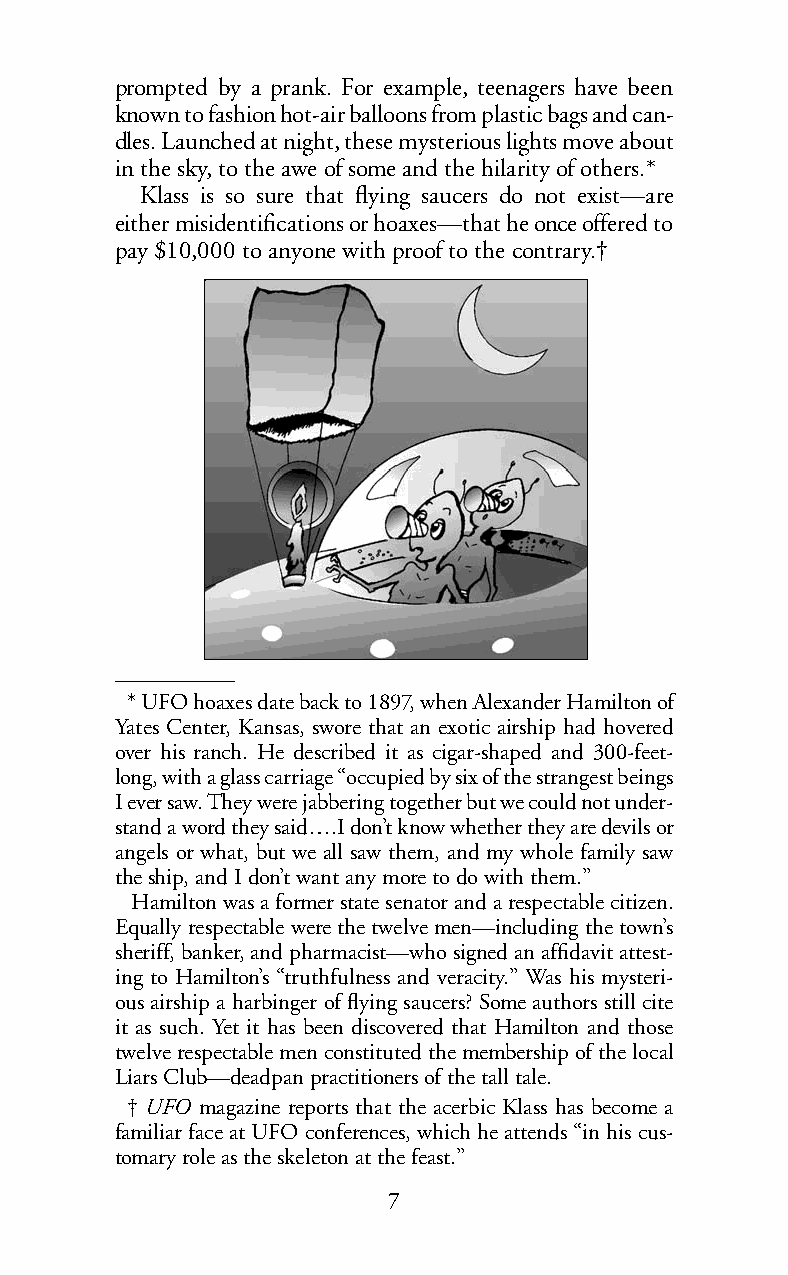
prompted by a prank. For example, teenagers have been
 known to fashion hot-air balloons from plastic bags and can-
 dles.Launched at night, these mysterious lights move about
 in the sky, to the awe of some and the hilarity of others.*
 Klass is so sure that flying saucers do not exist—are
 either misidentifications or hoaxes—that he once offered to
 pay $10,000 to anyone with proof to the contrary.†
 *UFO hoaxes date back to 1897, when Alexander Hamilton of
 Yates Center, Kansas, swore that an exotic airship had hovered
 over his ranch. He described it as cigar-shaped and 300-feet-
 long, with a glass carriage “occupied by six of the strangest beings
 Iever saw.They were jabbering together but we could not under-
 standawordthey said….I don’tknow whether they are devils or
 angels or what, but we all saw them, and my whole family saw
 theship, and I don’t want any more to do with them.”
 Hamiltonwas a former state senatorandarespectable citizen.
 Equally respectable were the twelve men—including the town’s
 sheriff, banker, and pharmacist—who signed an affidavit attest-
 ing to Hamilton’s “truthfulness and veracity.” Was his mysteri-
 ous airship a harbinger of flying saucers? Some authors still cite
 it as such. Yet it has been discovered that Hamilton and those
 twelve respectable men constituted the membership of the local
 Liars Club—deadpan practitioners of the tall tale.
 †UFO magazine reports that the acerbic Klass has become a
 familiar face at UFO conferences, which he attends “in his cus-
 tomary role as the skeleton at the feast.”
 